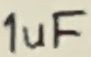
Text: 1uF